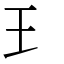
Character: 𤣩